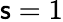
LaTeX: \mathsf{s}=1